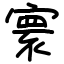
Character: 寰